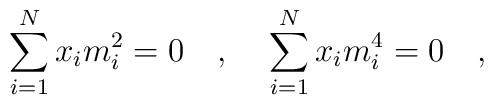
\sum_{i=1}^N x_i m_i^2=0~~~,~~~\sum_{i=1}^N x_i m_i^4=0~~~,